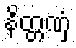
နိတ္တဏှံ